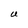
Character: U